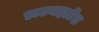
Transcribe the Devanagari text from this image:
डाउनहार्टेड